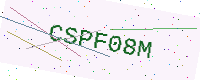
Text: CSPF08M